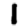
Digit: 1